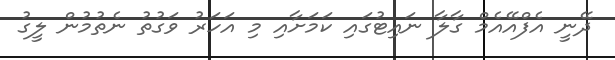
ދޭނީ އެފްއޭއެމް ގާލާ ނައިޓުގައި ކަމަށާއި މި އަހަރު ވަގުތު ނެތުމުން ލީގު